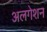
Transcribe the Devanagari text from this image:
अलगेशन